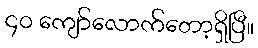
၄၀ ကျော်လောက်တော့ရှိပြီ။